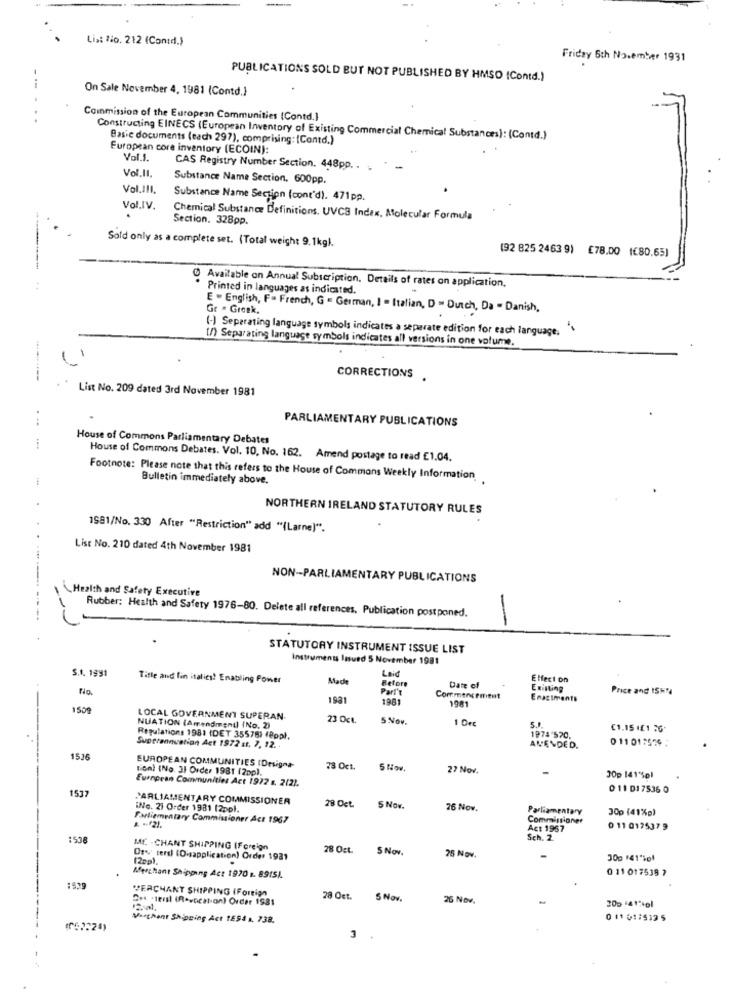
Lis: #:0. 212 (Contd.)
Friday 6th November 1931
---
PUBLICATIONS SOLD BUT NOT PUBLISHED BY HMSO (Contd.)
On Sale November 4, 1981 (Contd.}
Commission of the European Communities (Contd.]
Constructing EINECS (European Inventory of Existing Commercial Chemical Substances): (Contd.)
Basie documents (cach 297), comprising: (Contd.)
European core inventory (ECOIN):
Vol.1.
CAS Registry Number Section. 448pp. .
Vol.II.
Substance Name Section. 600pp.
Vol.III.
Substance Name Section (cont'd). 471pp.
Vol.IV.
Chemical Substance Definitions. UVCS Index, Molecular Formula
Section. 328pp.
Sold only as a complete set. (Total weight 9.1kg).
(92 825 2463 9) €78.00 (€80,65)
Available on Annual Subscription. Details of rates on application.
Printed in languages as indicated.
Gr . Gresk.
E . English, F= French, G = German, I - Italian, D = Durch, Da - Danish.
(-) Separating language symbols indicates a separate edition for each language, ""
(/) Separating language symbols indicates all versions in one volume.
-------
CORRECTIONS .
List No. 209 dated 3rd November 1981
PARLIAMENTARY PUBLICATIONS
House of Commons Parliamentary Debates
House of Commons Debates. Vol. 10, No. 162. Amend postage to read £1.04.
Footnote: Please note that this refers to the House of Commons Weekly Information
Bulletin immediately above.
NORTHERN IRELAND STATUTORY RULES
1581/No. 330 After "Restriction" add "(Larne)".
List No. 210 dated 4th November 1981
NON-PARLIAMENTARY PUBLICATIONS
\Health and Safety Executive
Rubber: Health and Safety 1976-80. Delete all references, Publication postponed.
-
STATUTORY INSTRUMENT ISSUE LIST
Instruments Issued 5 November 1981
S.4. 1991
Laid
Title and fin italics! Enabling Pomer
Mad
Before
E Hecl on
Parl't
Date of
Existing
Price and ISKT
1931
1981
Commencement
1981
Enactments
1509
LOCAL GOVERNMENT SUPERAN.
23 Oct.
5 Nov.
1 0rc
NUATION (Amendment) {No. 2)
€1.15 ([1 26.
Regulations 1981 (DET 35576) (Ppp).
1974 570.
0 11 01 :579
Suotrennvetion Act 1972 st, 7, 12 ..
AMENDED.
1536
L'on) (No. 31 Order 1981 (2pp).
EUROPEAN COMMUNITIES (Designa-
23 Oct.
5 Nov.
27 Nov.
European Communities Act 1972 s. 2(2).
30p 141"pl
1537
0 11 01 7536 0
PARLIAMENTARY COMMISSIONER
28 Oct
ING. 21 Order 1981 12ppl.
5 Nov.
76 Nov.
Parliamentary
30p (41%p)
& ... 2).
Parliamentary Commissioner Act 1967
Commissioner
Act 1967
0 11 017537 9
:538
Sch. 2
ME -CHANT SHIPPING (Foreign
28 Oct
S Nov.
(2cp)
Of' ters) (Disapplication) Order 1931
25 Nov.
0 11 017538 7
Merchant Shipping Act 1970 1. 89151.
PERCHANT SHIPPING (Foreign
Det ctersl (Revocation) Order 1981
28 Oct. 5 Nov.
26 Nov.
200 141%ol
Varthent Shipping Act 1E54 1. 738.
0 11 017512 5
3